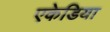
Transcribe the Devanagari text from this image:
एकेडिया